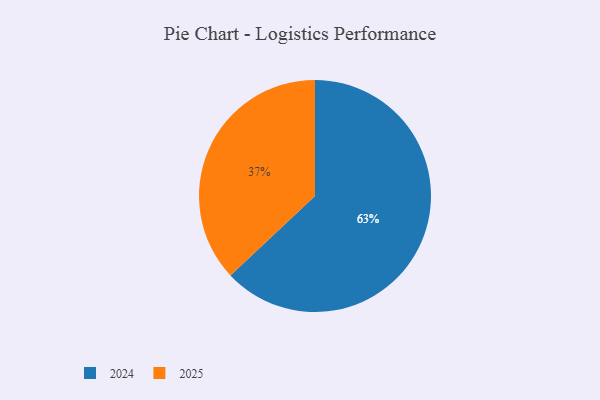
{"axis": {"x": "Category", "y": "Percentage"}, "legend": ["2024", "2025"], "data": [{"x": "2024", "y": 63, "type": "2024"}, {"x": "2025", "y": 37, "type": "2025"}]}